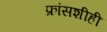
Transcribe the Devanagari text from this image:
फ्रांसशीही